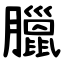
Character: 臘